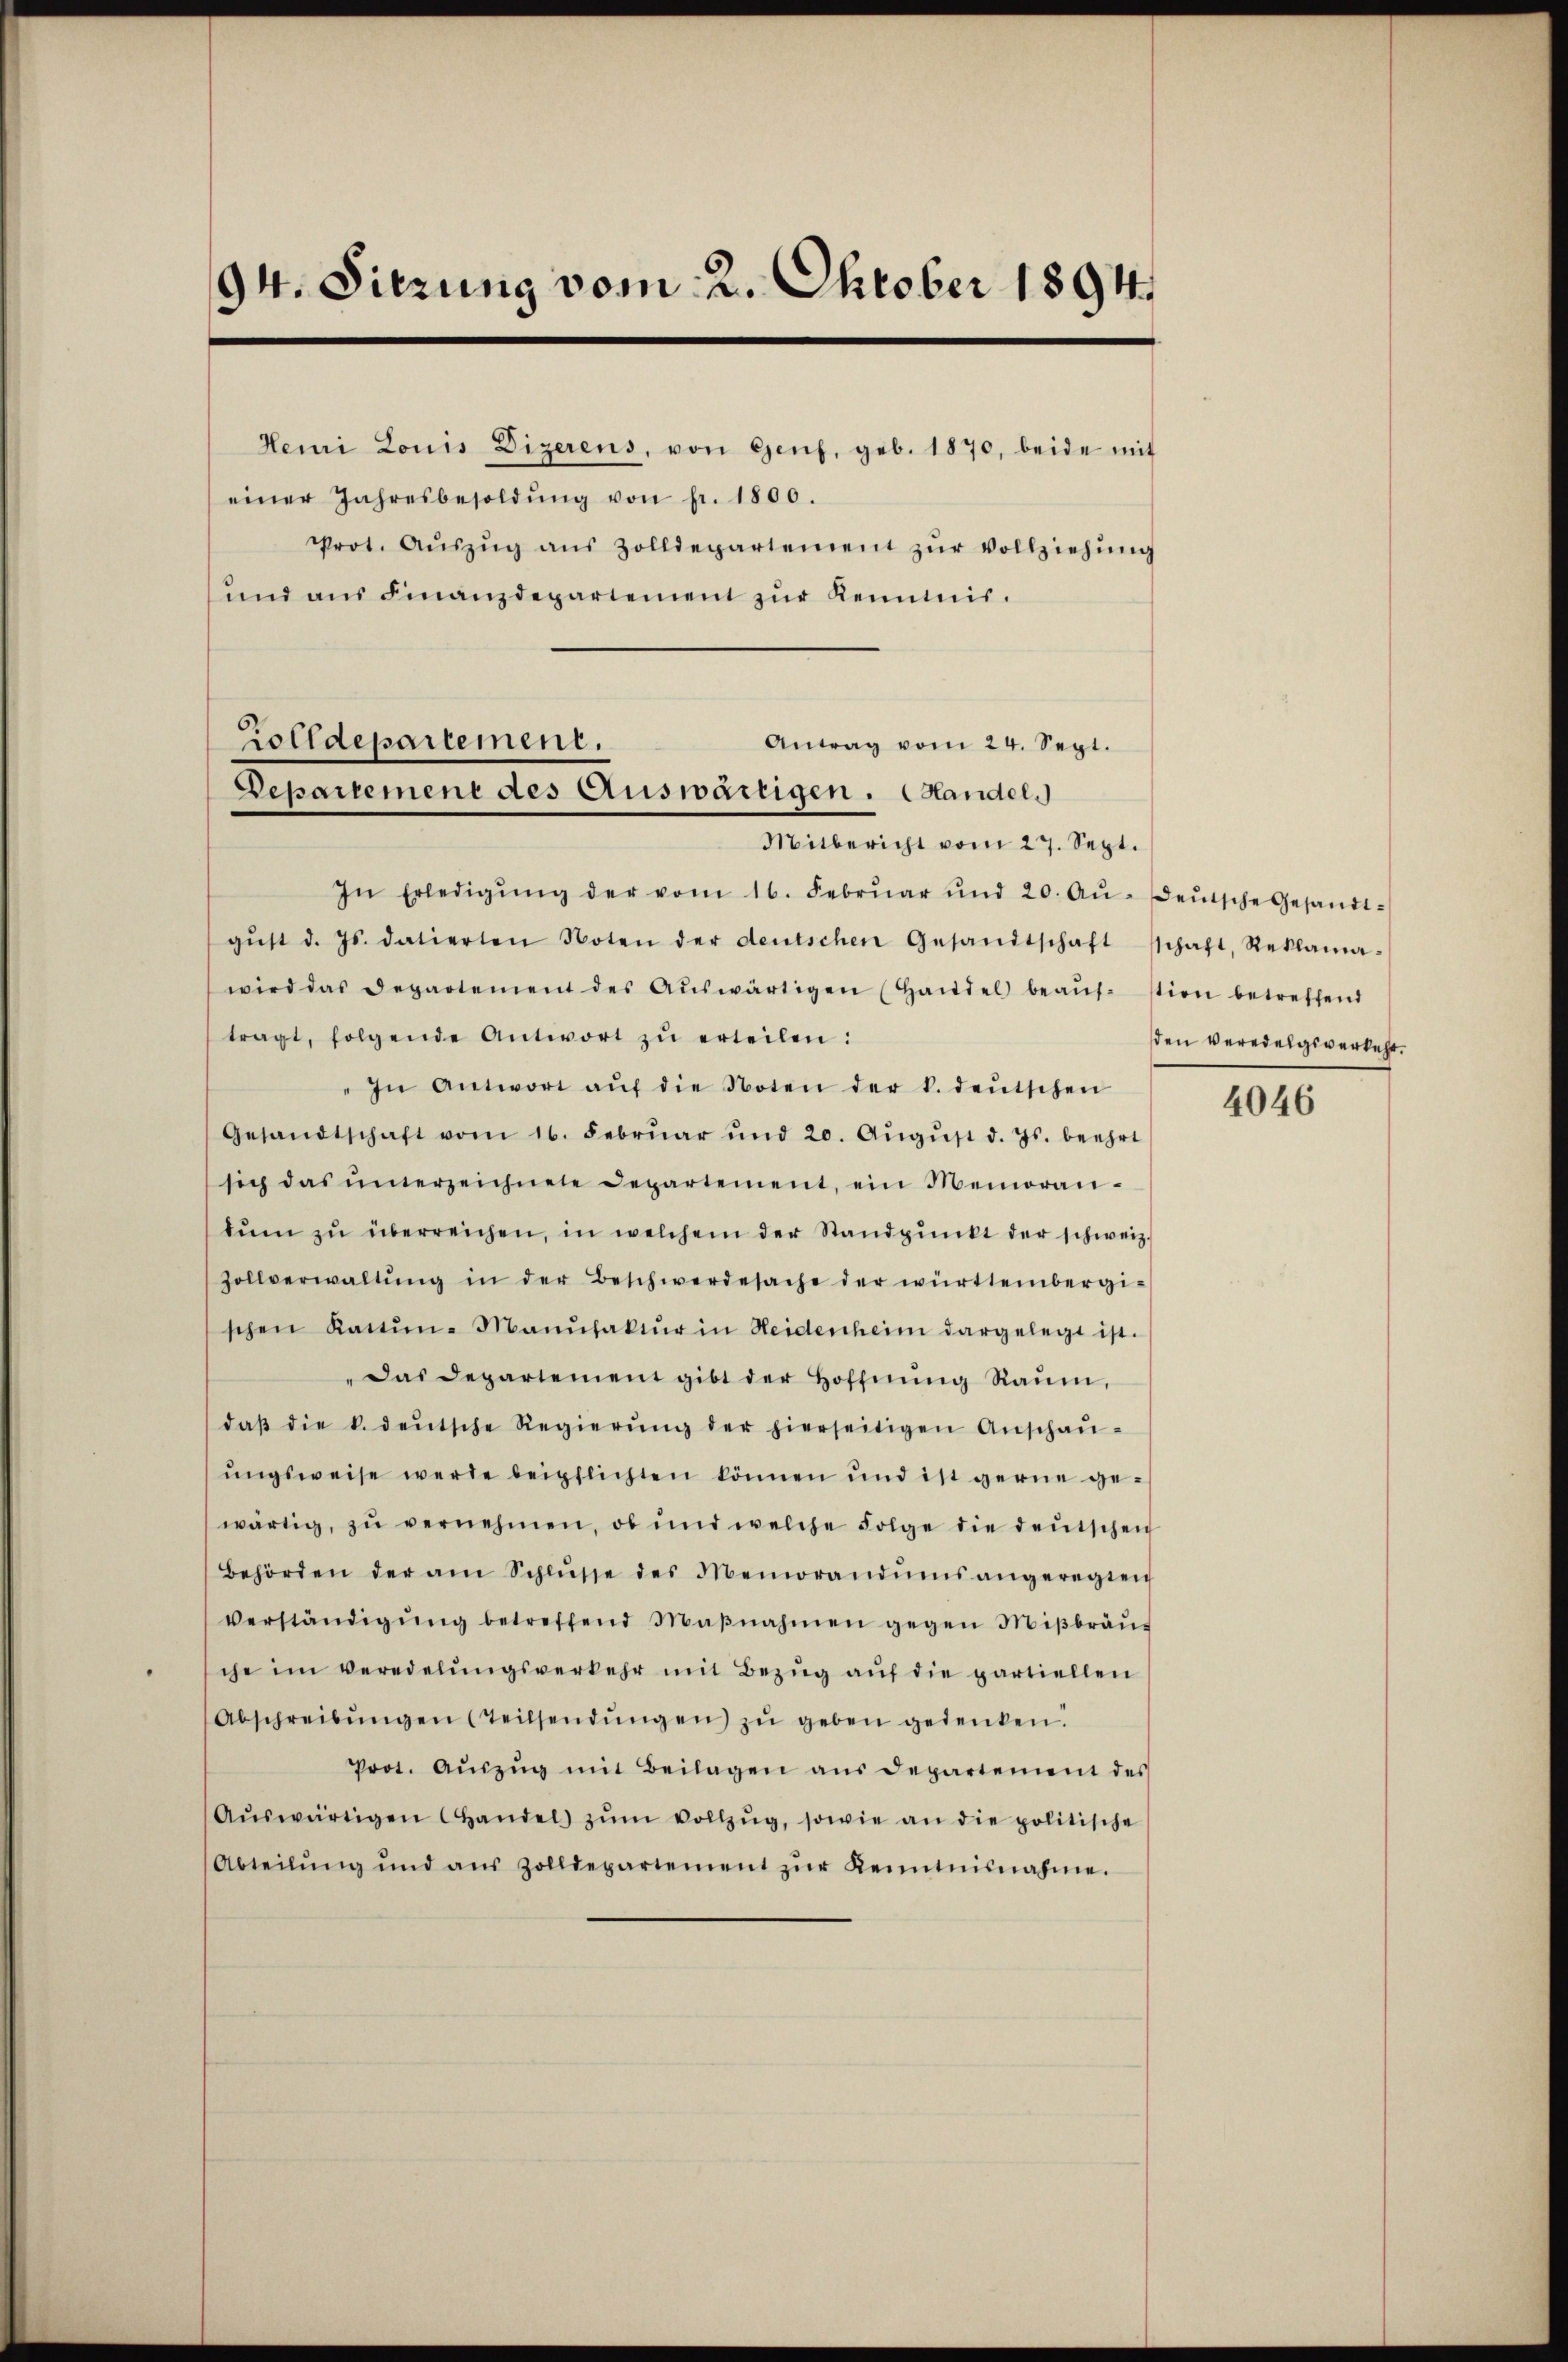
94. Sitzung vom 2. Oktober 1894.

Heni Louis Dizerens, von Genf, geb. 1870, beide mit
einer Jahresbesoldŭng von fr. 1800.
Prot. Aŭszŭg aŭs Zolldepartement zŭr Vollziehŭng
ŭnd aŭs Finanzdepartement zŭr Kenntnis.
Mitbericht vom 27. Sept.
In Erledigŭng der vom 16. Febrŭar und 20. Aŭ- deŭtsche Gesandt-
gŭst d. Js. datierten Noten der deutschen Gesandtschaft schaft, Reklama-
wird das Departement des Aŭswärtigen (Handel beaŭfstien betreffend
tragt, folgende Antwort zŭ erteilen:
In Antwort aŭf die Noten der k. deŭtschen
Gesandtschaft vom 16. Febrŭar und 20. Aŭgŭst d. Js. beehrt
sich das unterzeichnete Departement, ein Memoran-
tŭm zŭ überreichen, in welchem der Standpŭnkt der schweiz.
Zollverwaltŭng in der Beschwerdesache der württembergi-
schen Kattŭn-Manufaktŭr in Heidenheim dargelegt ist.
"Das Departement gibt der Hoffnŭng Raŭm,
daβ die k. deŭtsche Regierŭng der hierseitigen Anschaŭ-
ŭngsweise werde beipflichten können und ist gerne ge-
wärtig, zŭ vernehmen, ob und welche Folge die deŭtschen
Behörden der am Schlŭsse des Memorandumsangeregten
verständigŭng betreffend Maβnahmen gegen Miβbraŭ-
che im veredelŭngsverkehr mit Bezŭg aŭf die partiellen
Abschreibŭngen (teilsendŭngen zŭ geben gedenken.
Prot. Aŭszŭg mit Beilagen aŭs departement des
Aŭswärtigen Handel zŭm Vollzŭg, sowie an die politische
Abteilŭng und aus Zolldepartement zŭr Kenntnisnahme.

olldepartement.
Antrag vom 24. Sept.
Departement des Auswärtigen. Handel.

den veredelgsverkehr.

4046